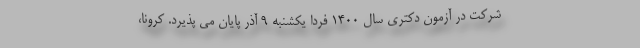
شرکت در آزمون دکتری سال ۱۴۰۰ فردا یکشنبه ۹ آذر پایان می پذیرد. کرونا،